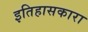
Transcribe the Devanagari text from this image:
इतिहासकारा